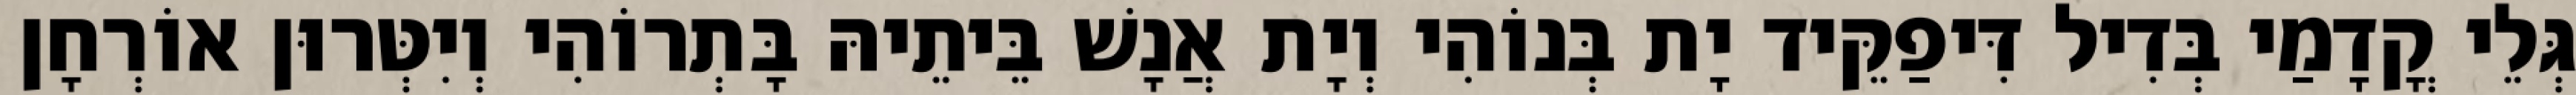
גְּלֵי קֳדָמַי בְּדִיל דִּיפַקֵּיד יָת בְּנוֹהִי וְיָת אֲנָשׁ בֵּיתֵיהּ בָּתְרוֹהִי וְיִטְּרוּן אוֹרְחָן